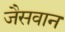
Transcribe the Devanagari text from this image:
जैसवान